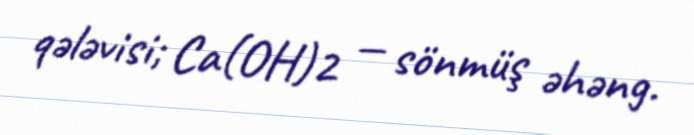
qələvisi; Ca(OH)2 — sönmüş əhəng.